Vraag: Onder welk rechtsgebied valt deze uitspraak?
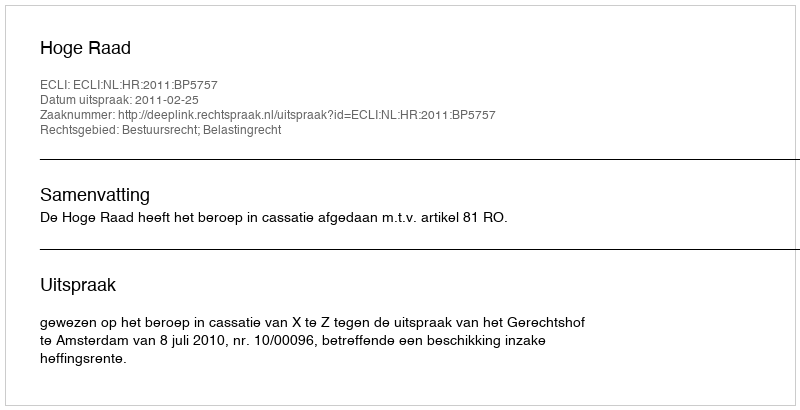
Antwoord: Bestuursrecht; Belastingrecht